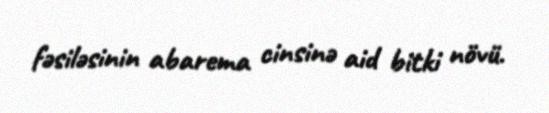
fəsiləsinin abarema cinsinə aid bitki növü.